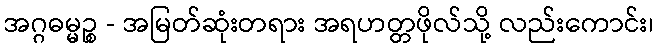
အဂ္ဂဓမ္မဉ္စ - အမြတ်ဆုံးတရား အရဟတ္တဖိုလ်သို့ လည်းကောင်း၊